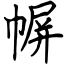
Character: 幈